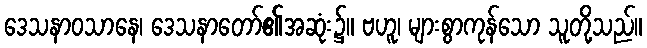
ဒေသနာဝသာနေ၊ ဒေသနာတော်၏အဆုံး၌။ ဗဟူ၊ များစွာကုန်သော သူတို့သည်။